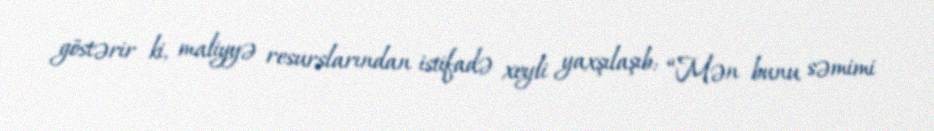
göstərir ki, maliyyə resurslarından istifadə xeyli yaxşılaşıb: “Mən bunu səmimi